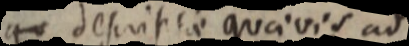
qu descriptae quaevis ad